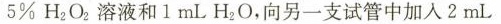
5\%H_{2}O_{2}溶液和1mL H_2O，向另一支试管中加入2 mL